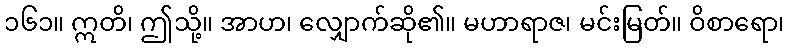
၁၆၁။ ဣတိ၊ ဤသို့။ အာဟ၊ လျှောက်ဆို၏။ မဟာရာဇ၊ မင်းမြတ်။ ဝိစာရော၊